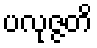
ပလုဇ္ဇတိ